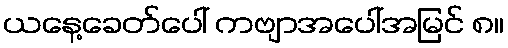
ယနေ့ခေတ်ပေါ် ကဗျာအပေါ်အမြင် ၈။